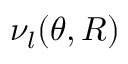
\nu _ { l } ( \theta , R )